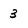
Character: 3